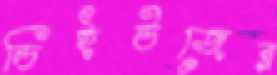
ডিইউজের